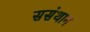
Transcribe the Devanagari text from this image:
ससंथान